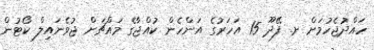
ހައްދުޖެހުމަށް ށ. ފޭދޫ 15 އަހަރުގެ އަންހެން ކުއްޖާގެ މައްޗަށް ޖުވެނައިލް ކޯޓުން